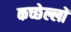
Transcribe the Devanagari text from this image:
कच्छेल्लों